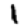
Digit: 1